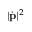
| { \dot { \mathbf { p } } } | ^ { 2 }